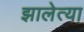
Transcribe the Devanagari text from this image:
झालेत्या